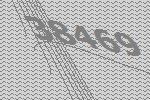
38469